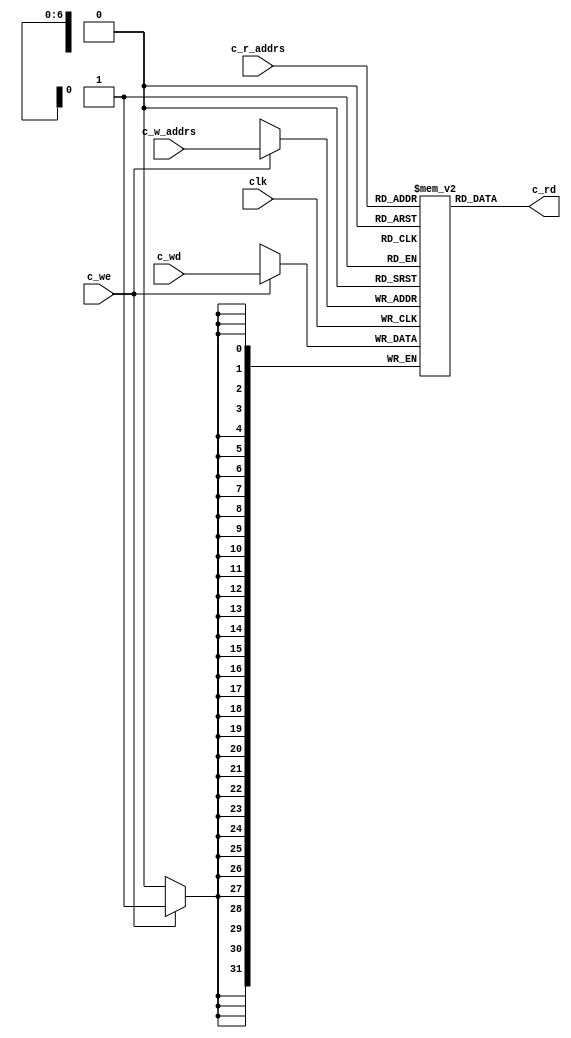
//cache data
module cache_data (input   clk, c_we,
                  input   [6:0] c_r_addrs,c_w_addrs,
				  input   [31:0] c_wd,
                  output  [31:0] c_rd);

reg [31:0] RAM [0:127];  //memory size = 512_byte
 
//write operation
always@(negedge clk)
begin
		if (c_we) 
		  begin 
		   RAM[c_w_addrs] <= c_wd;
		  end
end
//read opertaion	 
	 assign c_rd = RAM[c_r_addrs];
endmodule